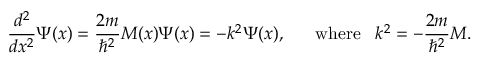
{ \frac { d ^ { 2 } } { d x ^ { 2 } } } \Psi ( x ) = { \frac { 2 m } { \hbar ^ { 2 } } } M ( x ) \Psi ( x ) = - k ^ { 2 } \Psi ( x ) , \; \; \; \; \; \; \mathrm { w h e r e } \; \; \; k ^ { 2 } = - { \frac { 2 m } { \hbar ^ { 2 } } } M .